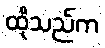
ထိုသည်က